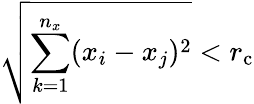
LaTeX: \sqrt{\sum_{k=1}^{n_{x}}(x_{i}-x_{j})^{2}}<r_{\mathrm{c}}